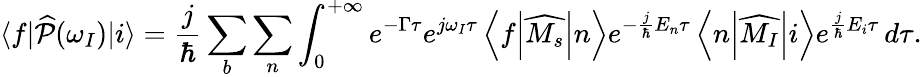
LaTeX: \langle f\vert\widehat{\mathcal{P}}(\omega_{I})\vert i\rangle=\frac{j}{\hbar}\sum_{b}\sum_{n}\int_{0}^{+\infty}e^{-\Gamma\tau}e^{j\omega_{I}\tau}\left<f\middle|\widehat{M_{s}}\middle|n\right>e^{-\frac{j}{\hbar}E_{n}\tau}\left<n\middle|\widehat{M_{I}}\middle|i\right>e^{\frac{j}{\hbar}E_{i}\tau}\, d\tau.